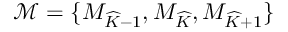
\mathcal { M } = \{ M _ { \widehat { K } - 1 } , M _ { \widehat { K } } , M _ { \widehat { K } + 1 } \}